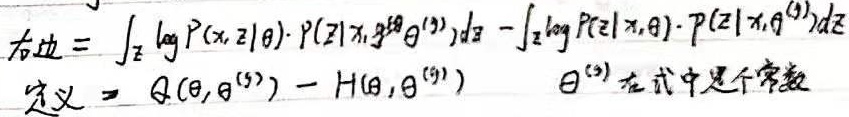
右边 = $\int_{z} \log P(x,z|\theta) \cdot P(z|x,\theta^{(t)})dz - \int_{z} \log P(z|x,\theta) \cdot P(z|x,\theta^{(t)})dz$，定义 $\Rightarrow Q(\theta,\theta^{(t)}) - H(\theta,\theta^{(t)})$，$\theta^{(t)}$ 在式中是个常数